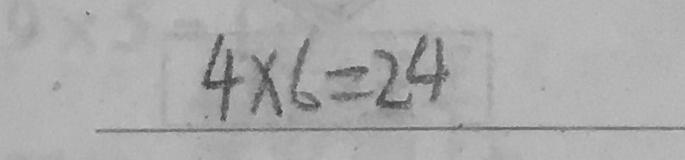
4 \times 6 = 2 4